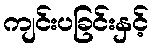
ကျင်းပခြင်းနှင့်